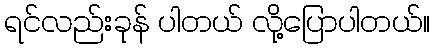
ရင်လည်းခုန် ပါတယ် လို့ပြောပါတယ်။